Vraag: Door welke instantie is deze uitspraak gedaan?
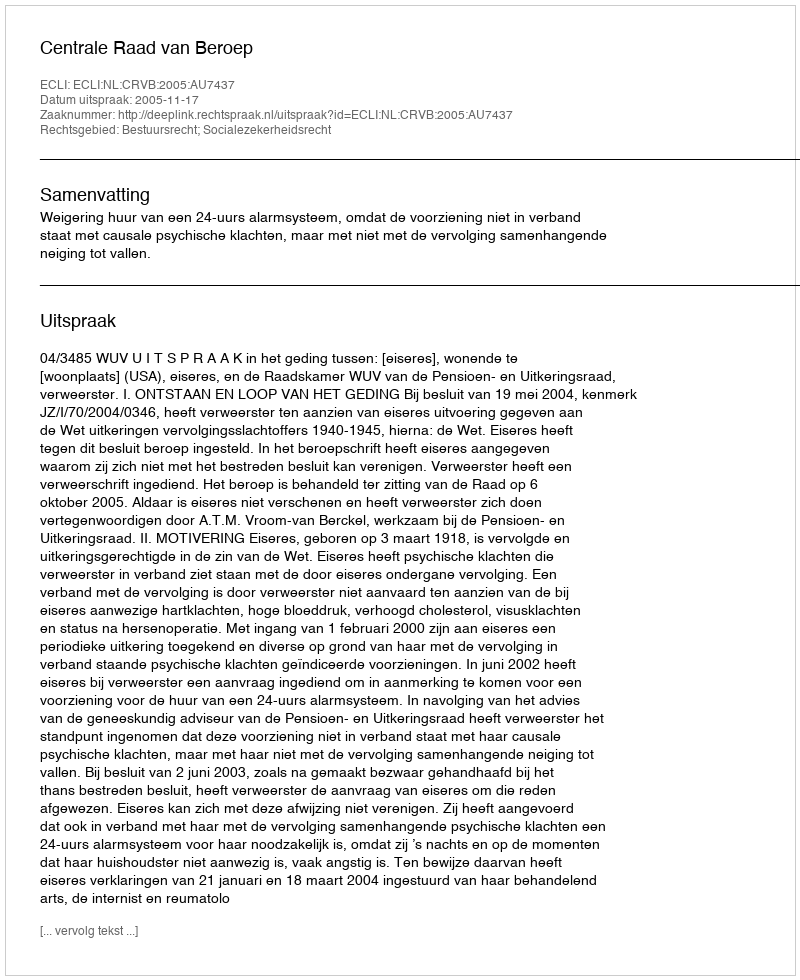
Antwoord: Centrale Raad van Beroep